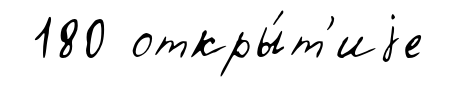
180 откры́т'иjе